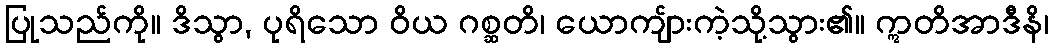
ပြုသည်ကို။ ဒိသွာ, ပုရိသော ဝိယ ဂစ္ဆတိ၊ ယောကျ်ားကဲ့သို့သွား၏။ ဣတိအာဒီနိ၊